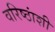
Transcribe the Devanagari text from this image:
वरिष्ठांशी